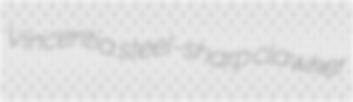
Vincentia steel-sharp clawker